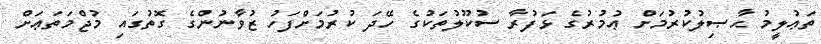
ތަޢުލީމު ޙާޞިލުކުރުމަށް ޢުމުރުގެ ޅަފުރާ ސުކޫލުތަކުގެ ހޭދަ ކުރުމަށްފަހު ޒުވާނުންގެ ގޮތުގައި މުޖްމަތަޢަށް